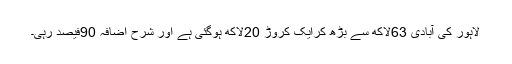
لاہور کی آبادی 63لاکھ سے بڑھ کرایک کروڑ 20لاکھ ہوگئی ہے اور شرح اضافہ 90فیصد رہی۔